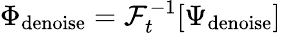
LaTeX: \Phi_{\mathrm{denoise}}=\mathcal{F}_{t}^{-1}[\Psi_{\mathrm{denoise}}]